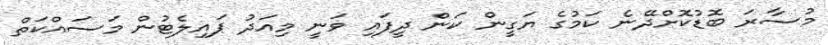
މުސާރަ ބޮޑުކޮށްދޭނެ ކަމުގެ ޔަގީން ކަން ދީފައި ވަނީ މިއަދު ޕައިލެޓުން މަސައްކަތް